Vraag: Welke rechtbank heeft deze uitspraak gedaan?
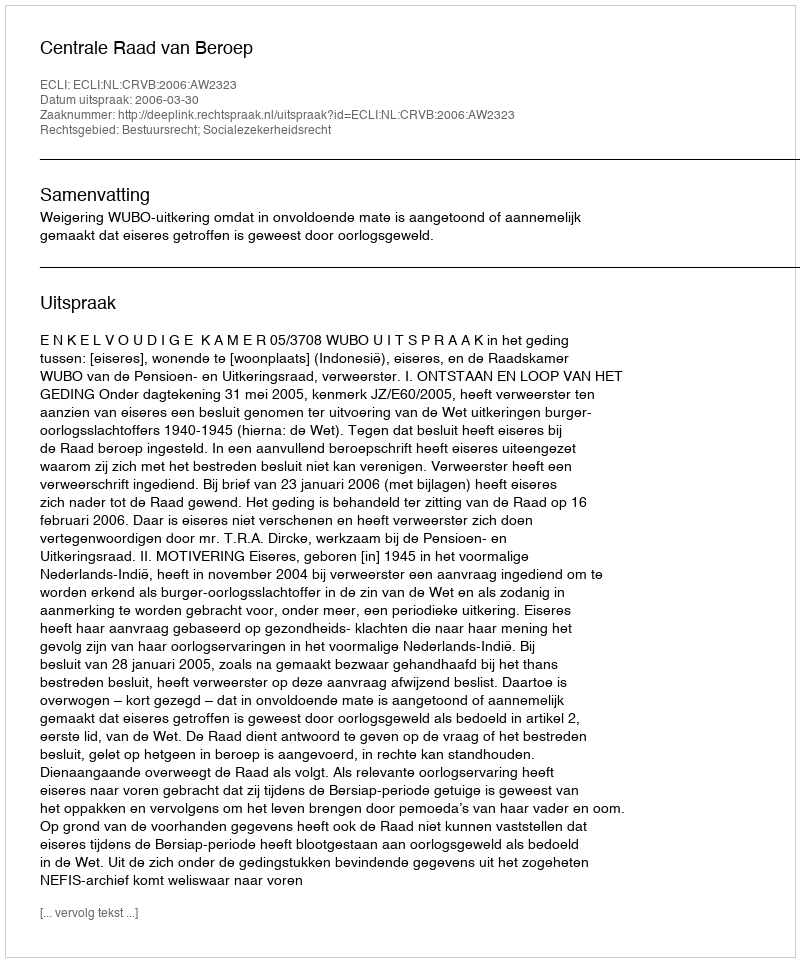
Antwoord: Centrale Raad van Beroep